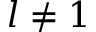
l \neq 1